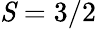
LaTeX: \mathit{S}\phantom{\rule{0ex}{0ex}}=\phantom{\rule{0ex}{0ex}}3/2